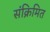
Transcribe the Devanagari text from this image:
संक्रिमित